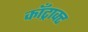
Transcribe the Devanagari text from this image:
काँट्राक्ट